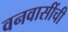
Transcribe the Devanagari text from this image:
वनवासींची